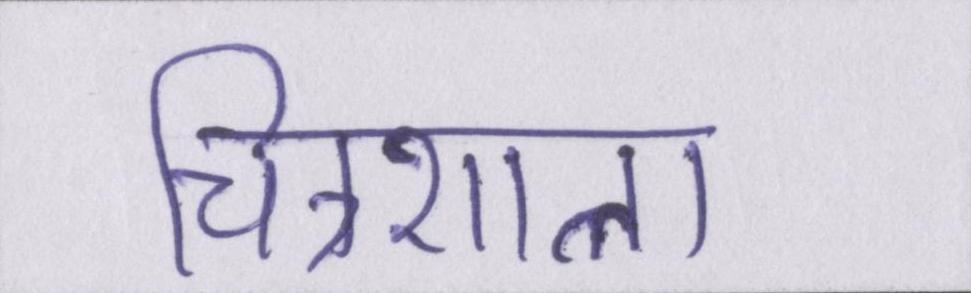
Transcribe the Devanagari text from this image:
चित्रशाला